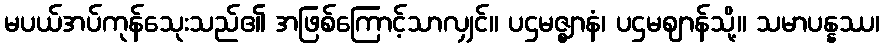
မပယ်အပ်ကုန်သေုးသည်၏ အဖြစ်ကြောင့်သာလျှင်။ ပဌမဇ္ဈာနံ၊ ပဌမဈာန်သို့။ သမာပန္နဿ၊